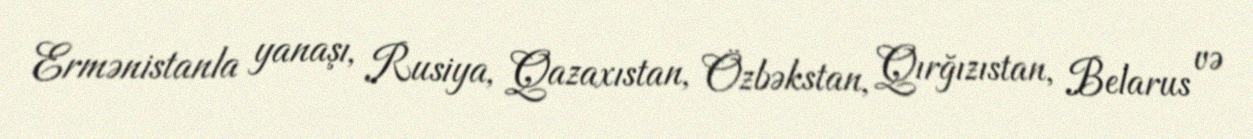
Ermənistanla yanaşı, Rusiya, Qazaxıstan, Özbəkstan, Qırğızıstan, Belarus və